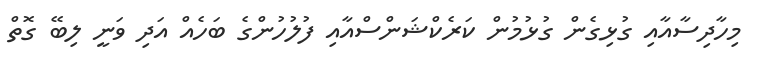
މިހާދިސާއާއި ގުޅިގެން ގުޅުމުން ކަރެކްޝަންސްއާއި ފުލުހުންގެ ބަހެއް އަދި ވަނީ ލިބޭ ގޮތް